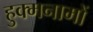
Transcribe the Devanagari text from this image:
हुक्मनामों